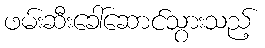
ဖမ်းဆီးခေါ်ဆောင်သွားသည့်